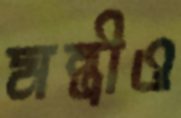
মন্ত্রীও